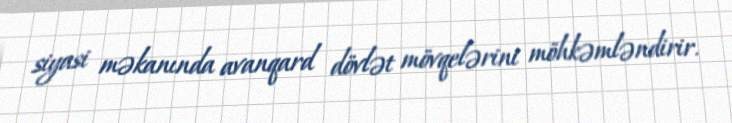
siyasi məkanında avanqard dövlət mövqelərini möhkəmləndirir.